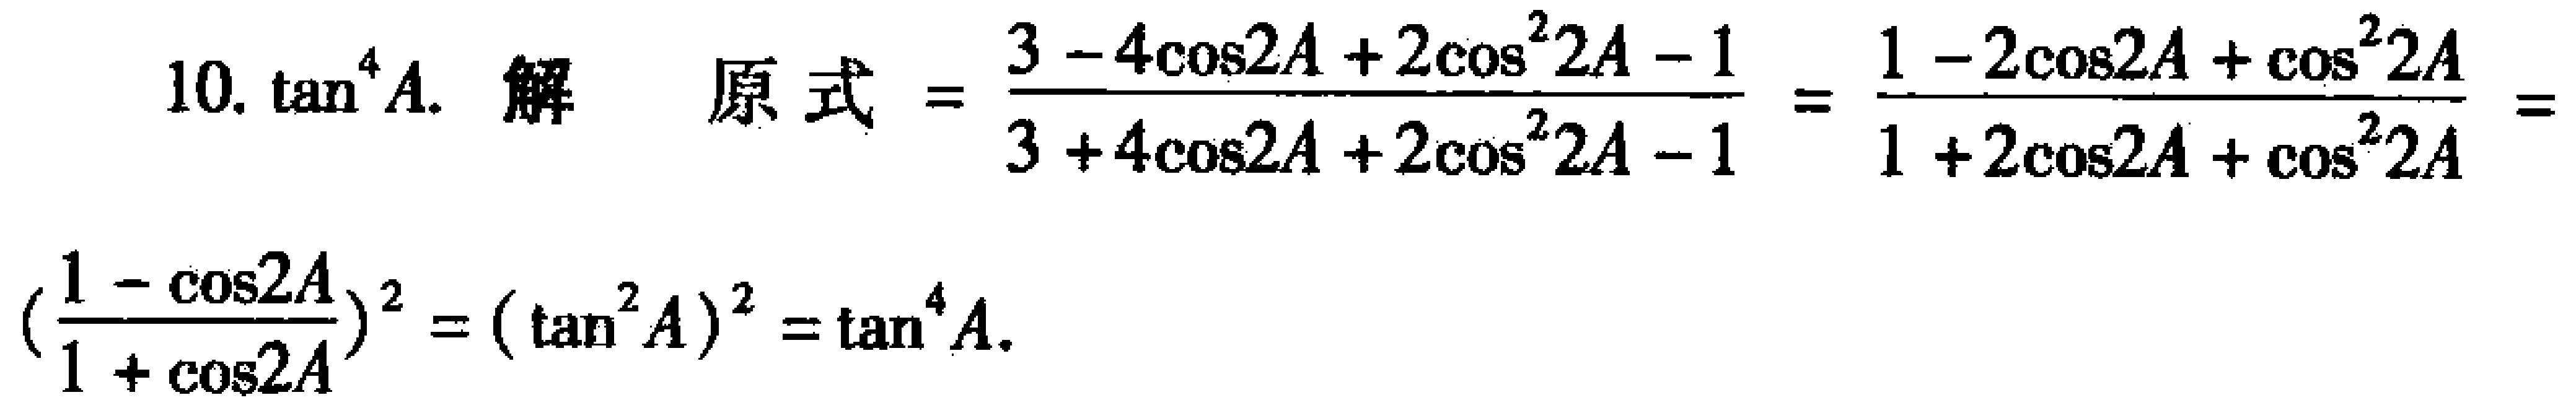
10. $\tan^{4}A$. 解 原式$=\frac{3 - 4\cos2A + 2\cos^{2}2A - 1}{3 + 4\cos2A + 2\cos^{2}2A - 1}=\frac{1 - 2\cos2A + \cos^{2}2A}{1 + 2\cos2A + \cos^{2}2A}=$
$(\frac{1 - \cos2A}{1 + \cos2A})^{2}=(\tan^{2}A)^{2}=\tan^{4}A$.